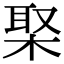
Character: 棸